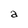
Character: a